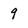
Character: 9